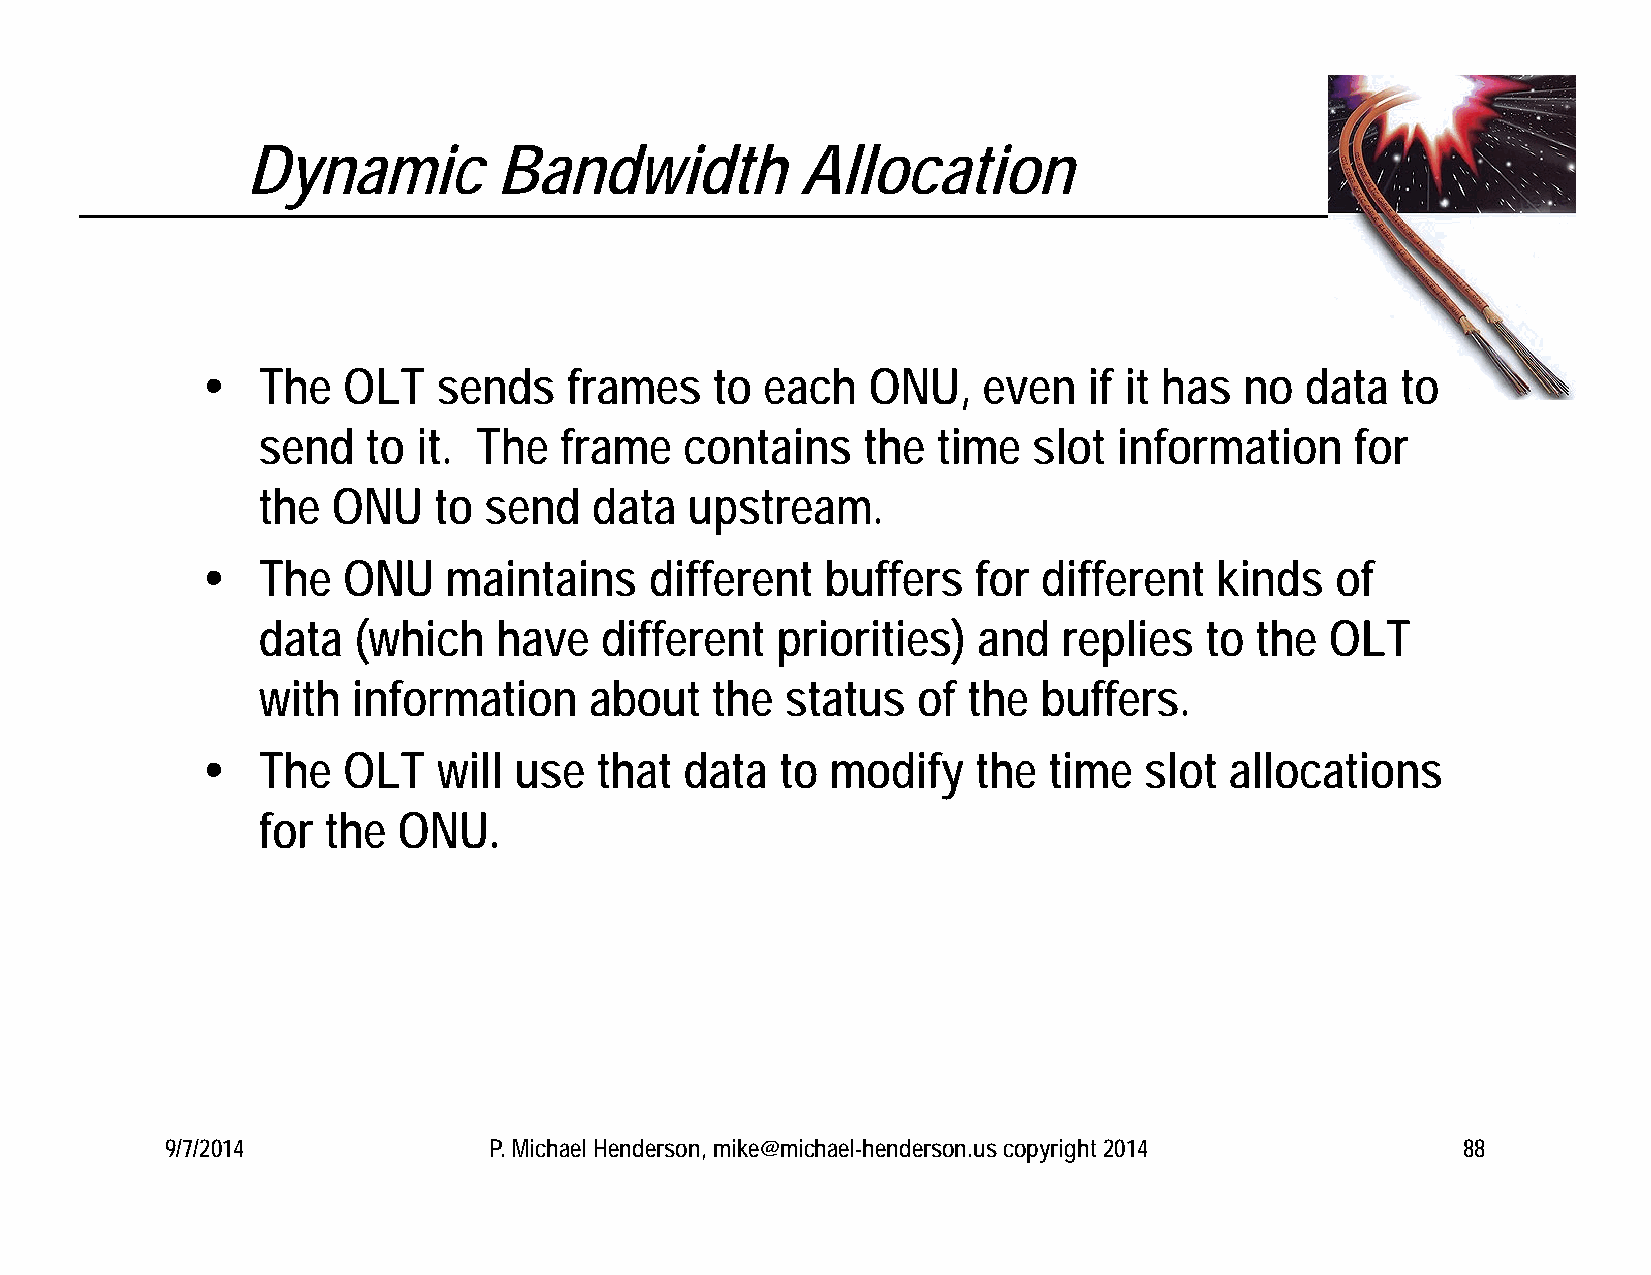
Dynamic          Bandwidth           Allocation
    The   OLT   sends    frames   to  each  ONU,    even   if it has no  data   to
 send   to  it. The  frame   contains    the  time  slot  information     for
 the  ONU    to send   data   upstream.
    The   ONU   maintains     different   buffers   for different  kinds   of
 data  (which    have   different  priorities)   and  replies   to the  OLT
 with  information     about   the  status   of the  buffers.
    The   OLT   will use  that  data   to modify    the time   slot allocations
 for the  ONU.
 9/7/2014             P. Michael Henderson, mike@michael-henderson.us copyright 2014   88